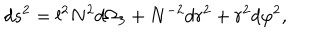
LaTeX: d s ^ { 2 } = l ^ { 2 } N ^ { 2 } d \Omega _ { 3 } + N ^ { - 2 } d r ^ { 2 } + r ^ { 2 } d \varphi ^ { 2 } ,